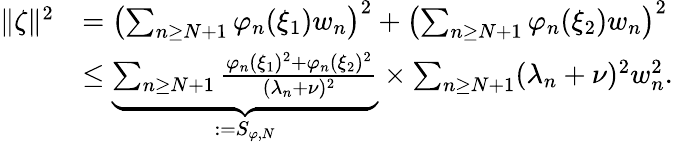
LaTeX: \begin{array}{rl}{\Vert\zeta\Vert^{2}}&{=\left(\sum_{n\geq N+1}\varphi_{n}(\xi_{1})w_{n}\right)^{2}+\left(\sum_{n\geq N+1}\varphi_{n}(\xi_{2})w_{n}\right)^{2}}\\ &{\leq\underbrace{\sum_{n\geq N+1}\frac{\varphi_{n}(\xi_{1})^{2}+\varphi_{n}(\xi_{2})^{2}}{(\lambda_{n}+\nu)^{2}}}_{:=S_{\varphi,N}}\times\sum_{n\geq N+1}(\lambda_{n}+\nu)^{2}w_{n}^{2}.}\end{array}